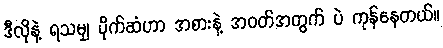
ဒီလိုနဲ့ ရသမျှ ပိုက်ဆံဟာ အစားနဲ့ အဝတ်အတွက် ပဲ ကုန်နေတယ်။